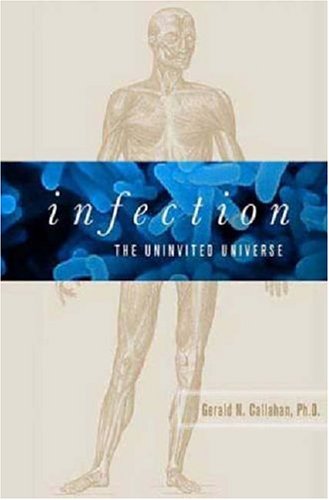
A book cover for Infection: The Uninvited Universe; Gerald N. Callahan; Medical Books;